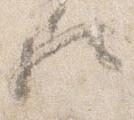
歟